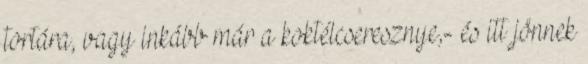
tortára, vagy inkább már a koktélcseresznye,- és itt jönnek